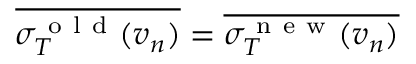
\overline { { \sigma _ { T } ^ { \mathrm { ~ o ~ l ~ d ~ } } ( v _ { n } ) } } = \overline { { \sigma _ { T } ^ { \mathrm { ~ n ~ e ~ w ~ } } ( v _ { n } ) } }